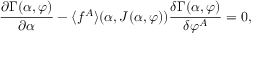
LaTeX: { \frac { \partial \Gamma ( \alpha , \varphi ) } { \partial \alpha } } - \langle f ^ { A } \rangle ( \alpha , J ( \alpha , \varphi ) ) { \frac { \delta \Gamma ( \alpha , \varphi ) } { \delta \varphi ^ { A } } } = 0 ,